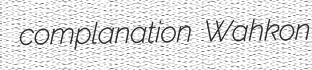
complanation Wahkon